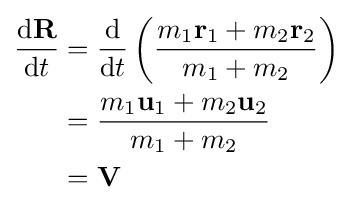
{\begin{aligned}{\frac {{\rm {d}}\mathbf {R} }{{\rm {d}}t}}&={\frac {\rm {d}}{{\rm {d}}t}}\left({\frac {m_{1}\mathbf {r} _{1}+m_{2}\mathbf {r} _{2}}{m_{1}+m_{2}}}\right)\\&={\frac {m_{1}\mathbf {u} _{1}+m_{2}\mathbf {u} _{2}}{m_{1}+m_{2}}}\\&=\mathbf {V} \\\end{aligned}}